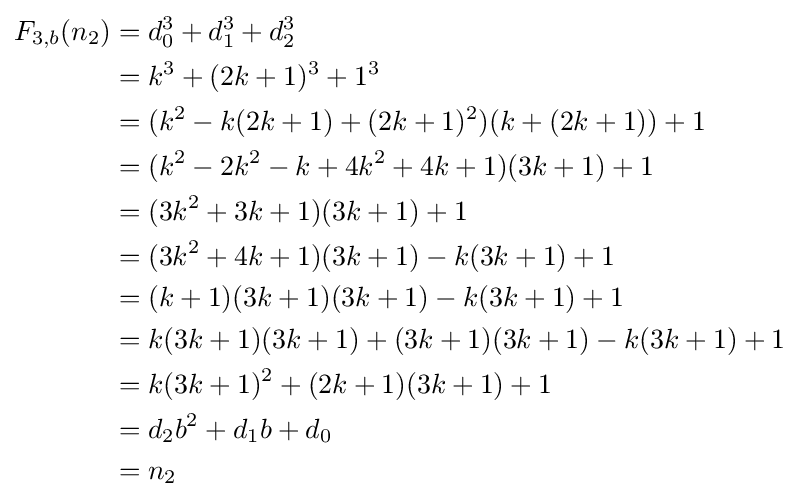
{\begin{aligned}F_{3,b}(n_{2})&=d_{0}^{3}+d_{1}^{3}+d_{2}^{3}\\&=k^{3}+(2k+1)^{3}+1^{3}\\&=(k^{2}-k(2k+1)+(2k+1)^{2})(k+(2k+1))+1\\&=(k^{2}-2k^{2}-k+4k^{2}+4k+1)(3k+1)+1\\&=(3k^{2}+3k+1)(3k+1)+1\\&=(3k^{2}+4k+1)(3k+1)-k(3k+1)+1\\&=(k+1)(3k+1)(3k+1)-k(3k+1)+1\\&=k(3k+1)(3k+1)+(3k+1)(3k+1)-k(3k+1)+1\\&=k(3k+1)^{2}+(2k+1)(3k+1)+1\\&=d_{2}b^{2}+d_{1}b+d_{0}\\&=n_{2}\end{aligned}}